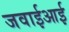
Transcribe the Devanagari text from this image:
जवाईआई